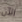
الآن